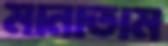
মানাতাম